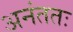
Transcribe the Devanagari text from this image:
अनंततः